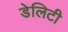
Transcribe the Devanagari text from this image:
डेलिटी